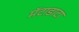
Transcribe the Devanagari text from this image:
मॅटाडाटा